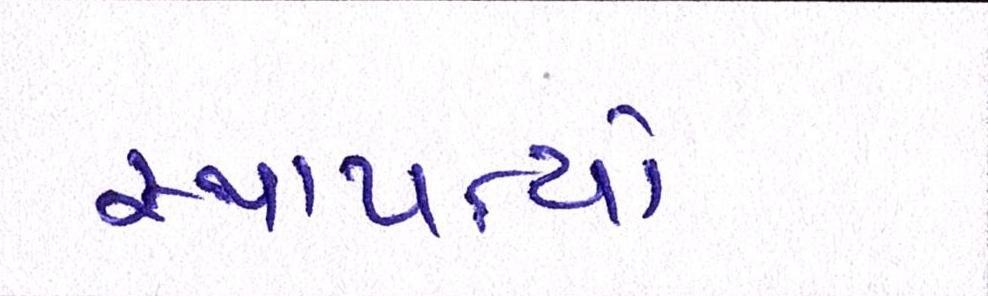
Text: સ્થાપત્યો